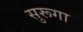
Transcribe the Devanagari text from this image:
सुरूगा